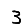
Digit: 3